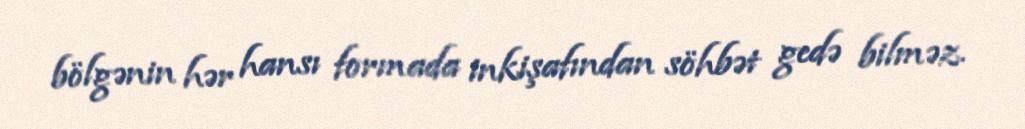
bölgənin hər hansı formada inkişafından söhbət gedə bilməz.